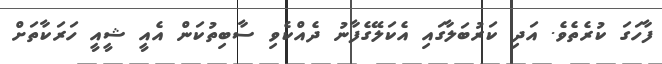
ފާހަގަ ކުރެތެވެ. އަދި ކަރުބަލާގައި އެކަލޭގެފާނު ދެއްކެވި ސާބިތުކަން އެއީ ޝީއީ ހަރަކާތަށް